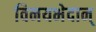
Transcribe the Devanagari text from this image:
विनयभेदान्